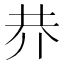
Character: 𠄫